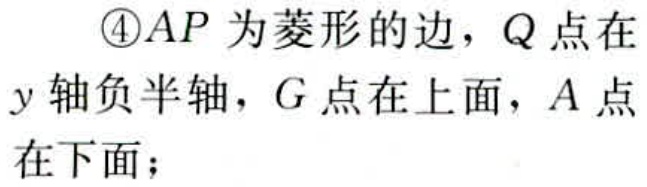
\textcircled{4}$AP$为菱形的边，$Q$点在$y$轴负半轴，$G$点在上面，$A$点在下面；